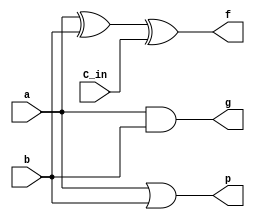
//
module Add1
(
		input a,
		input b,
		input C_in,
		output f,
		output g,
		output p
		);
assign f=a^b^C_in;
assign g=a&b;
assign p=a|b;
endmodule